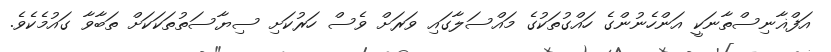
އަފްޣާނިސްތާނަކީ އަންހެނުންގެ ހައްގުތަކުގެ މައްސަލާގައި ވަރަށް ވެސް ހަރުކަށި ސިޔާސަތުތަކަކަށް ތަބާވާ ގައުމެކެވެ.